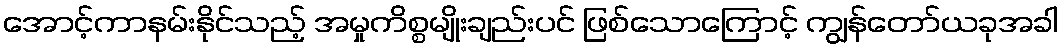
အောင့်ကာနမ်းနိုင်သည့် အမှုကိစ္စမျိုးချည်းပင် ဖြစ်သောကြောင့် ကျွန်တော်ယခုအခါ